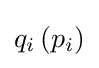
q_{i}\left(p_{i}\right)